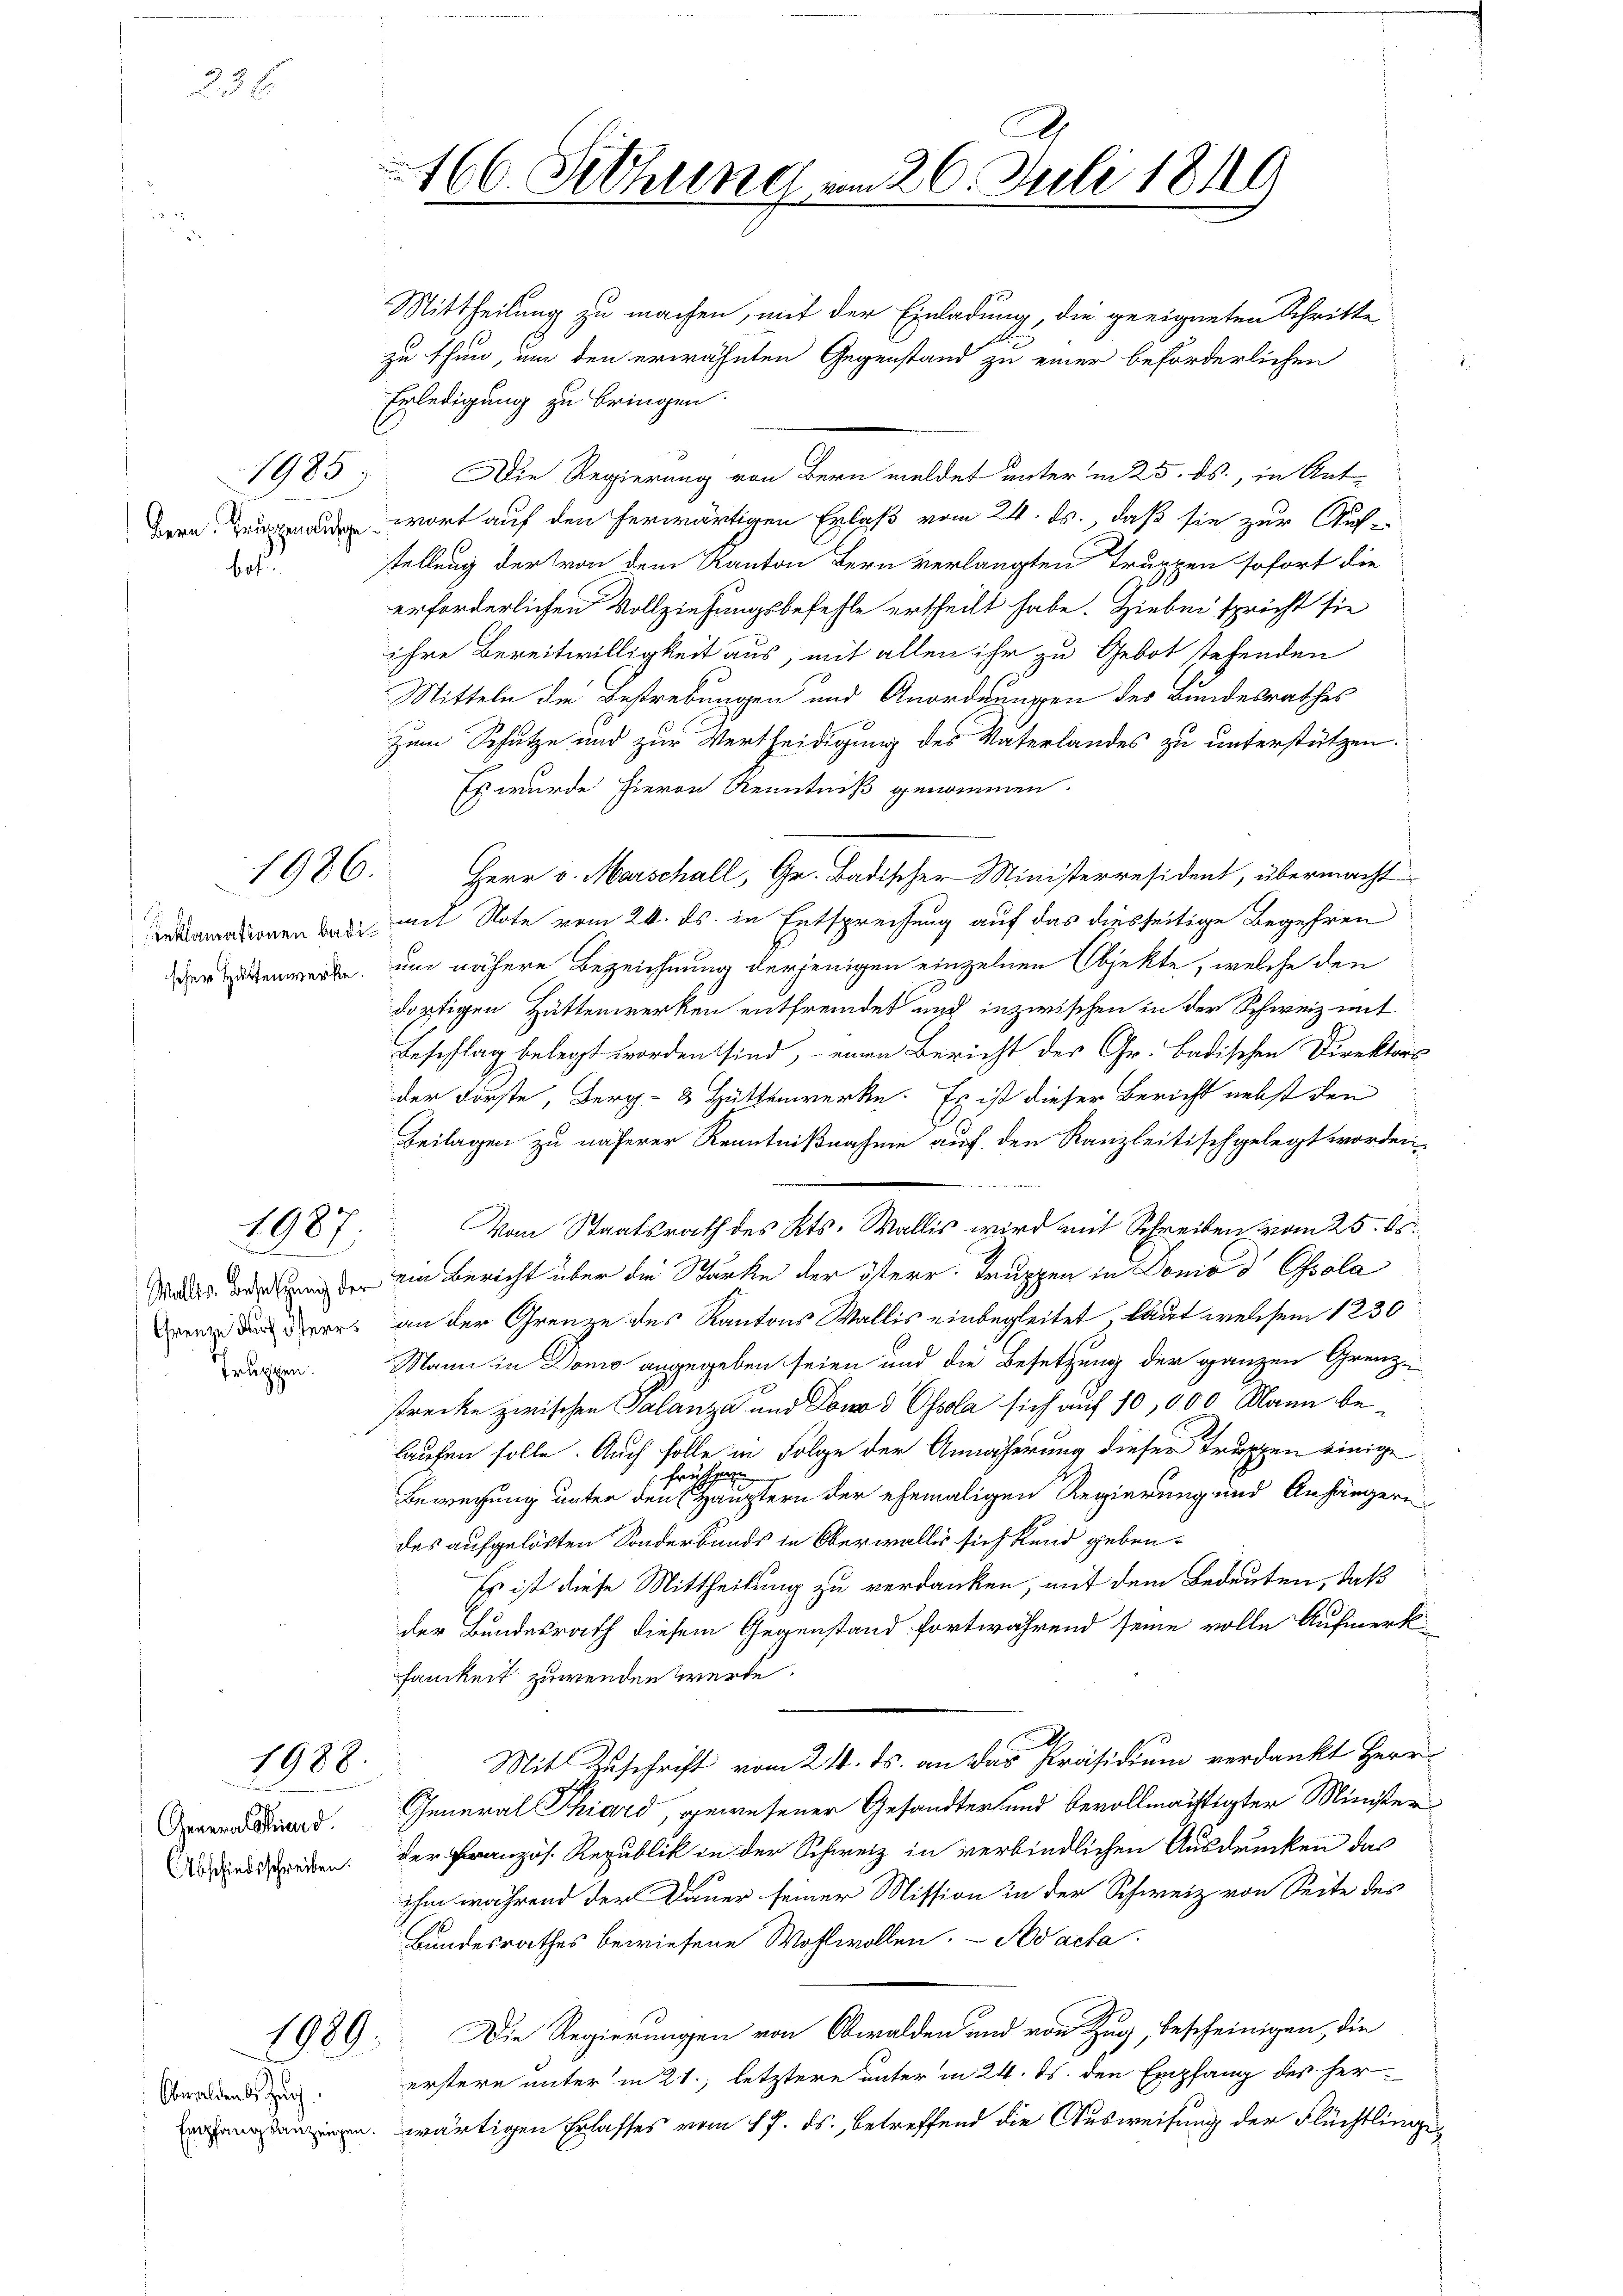
23 x

1987

General Schied.
Abschiedsschreiben.

1985)

Bern. Grungen ausge
bes

h

1988.

Obwaldende Zei

Mittheilung zu machen, mit der Einladung, die geeigneten Schritte
A
zu thun, um den erwähnten Gegenstand zu einer beförderlichen
Erledigung zu bringen.
Die Regierung von Bern meldet unter in 25. ds., in Ant-
wort auf den herwärtigen Erlaß vom 24. ds., daß sie zur Auf-
stellung der von dem Kanton Bern verlangten Truppen sofort die
erforderlichen Vollziehungsbefehle ertheilt habe. Hiebei spricht sie
ihre Bereitwilligkeit aus, mit allen ihr zu Gebot stehenden
Mitteln die Bestrebungen und Anordnungen des Bundesrathes
zum Schutze und zur Vertheidigung des Vaterlandes zu unterstützen.
Es wurde hieron Kenntniß genommen.
1986. Herr v. Marschall, Gr. Badischer Ministerresident, übermacht
amationen war mit Note vom 24. ds. in Entsprechung auf das diesseitige Begehren
der den werde, um nähere Bezeichnung derjenigen einzelnen Objekte, welche den
dortigen Hüttenwerken entfremdet und inzwischen in der Schweiz mit
Beschlag belegt worden sind, - eine Bericht der Gr. Badischen Direktors
der Forste, Berg- & Hüttenwerke. Es ist dieser Bericht nebst den
Beilagen zu näherer Kenntnißnahme auf den Kanzleitischgelegt worden.
Vom Staatsrath des Kts. Wallis wird mit Schreiben vom 25. ds.
Marks der an der ein Bericht über die Starke der österr. Truppen in Donio d. Cala
Der, an der Grenze des Kantons Wallis einbegleitet, laut welchem 1236
n. Mann in Domo angegeben seien und die Besetzung der ganzen Grenz-
strecke zwischen Palanza und Sono d Ohsola sich auf 10,000 Mann belaufen solle. Auch solle in Folge der Annäherung dieser Truppen einige
frühe
Bewegung unter den Häuptern der ehemaligen Regierung und Anhängern
des aufgelösten Sonderbands in Oberwaller sich kund geben.
Es ist diese Mittheilung zu verdanken, mit dem Bedeuten, daß
der Bundesrath diesem Gegenstand fortwährend seine volle Aufmerk
samkeit zuwenden werde.
Mit Zuschrift vom 21. ds. an das Präsidium verdankt Herr
General Phiard, gewesener Gesandter und bevollmächtigter Minister
der Französ. Republik in der Schweiz in verbindlichen Ausdrucken das
ihm während der Dauer seiner Mission in der Schweiz von Seite des
Bundesrathes bewiesene Wohlwollen. - Nacha
1989. Die Regierungen von Obwalden und von Zug, bescheinigen, die
erstere unter in 21, letztere unter in 24. ds. den Empfang des hernwärtigen Erlasses vom 17. ds., betreffend die Ausweisung der Flüchtlinge¬

166. Setzung vom 26. Juli 1819